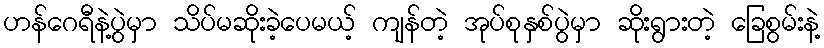
ဟန်ဂေရီနဲ့ပွဲမှာ သိပ်မဆိုးခဲ့ပေမယ့် ကျန်တဲ့ အုပ်စုနှစ်ပွဲမှာ ဆိုးရွားတဲ့ ခြေစွမ်းနဲ့